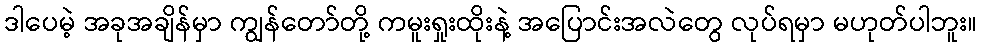
ဒါပေမဲ့ အခုအချိန်မှာ ကျွန်တော်တို့ ကမူးရှုးထိုးနဲ့ အပြောင်းအလဲတွေ လုပ်ရမှာ မဟုတ်ပါဘူး။